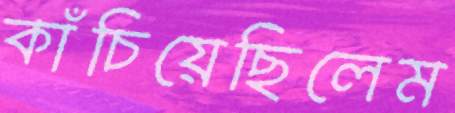
কাঁচিয়েছিলেম